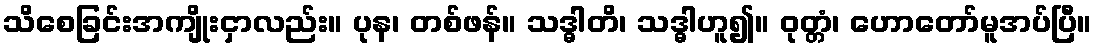
သိစေခြင်းအကျိုးငှာလည်း။ ပုန၊ တစ်ဖန်။ သဒ္ဓါတိ၊ သဒ္ဓါဟူ၍။ ဝုတ္တံ၊ ဟောတော်မူအပ်ပြီ။